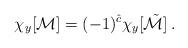
LaTeX: \begin{align*}\chi_y[{\cal M}]=(-1)^{\hat c}\chi_y[\tilde{\cal M}]\,.\end{align*}